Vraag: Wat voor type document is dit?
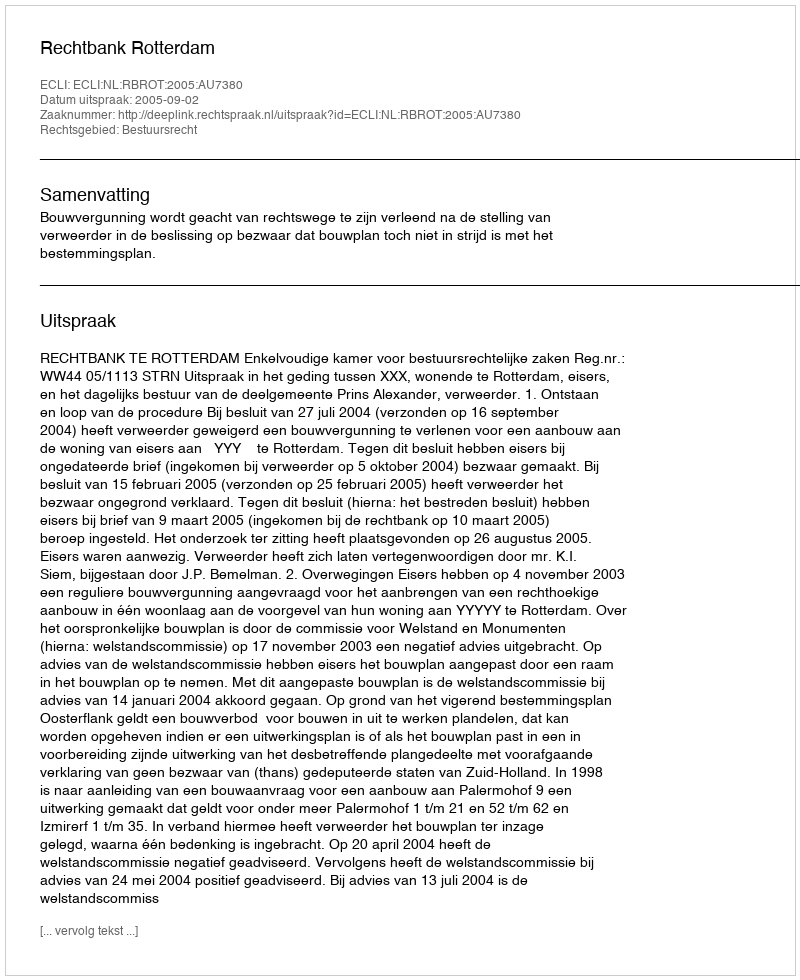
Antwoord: Uitspraak